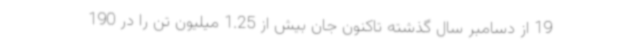
19 از دسامبر سال گذشته تاکنون جان بیش از 1.25 میلیون تن را در 190